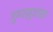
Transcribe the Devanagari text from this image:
गुण्याबुवांना